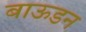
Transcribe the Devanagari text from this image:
बाऊडन